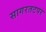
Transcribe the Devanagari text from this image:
सागरतटपर